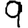
Digit: 9